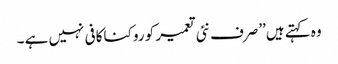
وہ کہتے ہیں’’صرف نئی تعمیر کو روکنا کافی نہیں ہے ۔